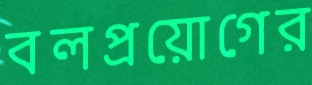
বলপ্রয়োগের